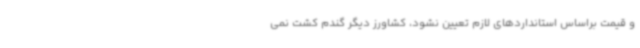
و قیمت براساس استانداردهای لازم تعیین نشود، کشاورز دیگر گندم کشت نمی